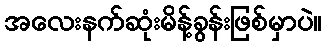
အလေးနက်ဆုံးမိန့်ခွန်းဖြစ်မှာပဲ။